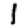
Digit: 1